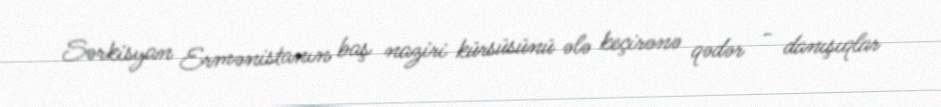
Sərkisyan Ermənistanın baş naziri kürsüsünü ələ keçirənə qədər - danışıqlar